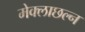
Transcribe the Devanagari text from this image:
मेक्लाछल्न